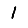
Digit: 1